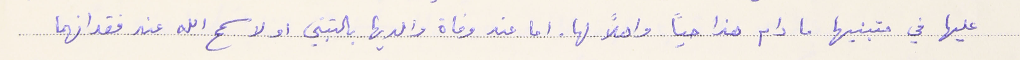
عليها في متبنيها ما دام هذا حياً واهلاً لها. اما عند وفاة والديها بالتبتي او لا سمح الله عند فقدانهما